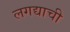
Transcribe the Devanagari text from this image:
लगद्याची